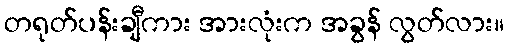
တရုတ်ပန်းချီကား အားလုံးက အခွန် လွတ်လား။